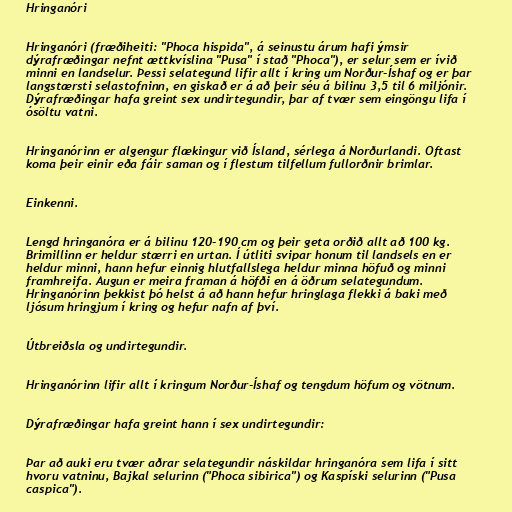
Hringanóri

Hringanóri (fræðiheiti: "Phoca hispida", á seinustu árum hafi ýmsir
dýrafræðingar nefnt ættkvíslina "Pusa" í stað "Phoca"), er selur sem er ívið
minni en landselur. Þessi selategund lifir allt í kring um Norður-Íshaf og er þar
langstærsti selastofninn, en giskað er á að þeir séu á bilinu 3,5 til 6 miljónir.
Dýrafræðingar hafa greint sex undirtegundir, þar af tvær sem eingöngu lifa í
ósöltu vatni.

Hringanórinn er algengur flækingur við Ísland, sérlega á Norðurlandi. Oftast
koma þeir einir eða fáir saman og í flestum tilfellum fullorðnir brimlar.

Einkenni.

Lengd hringanóra er á bilinu 120-190 cm og þeir geta orðið allt að 100 kg.
Brimillinn er heldur stærri en urtan. Í útliti svipar honum til landsels en er
heldur minni, hann hefur einnig hlutfallslega heldur minna höfuð og minni
framhreifa. Augun er meira framan á höfði en á öðrum selategundum.
Hringanórinn þekkist þó helst á að hann hefur hringlaga flekki á baki með
ljósum hringjum í kring og hefur nafn af því.

Útbreiðsla og undirtegundir.

Hringanórinn lifir allt í kringum Norður-Íshaf og tengdum höfum og vötnum.

Dýrafræðingar hafa greint hann í sex undirtegundir:

Þar að auki eru tvær aðrar selategundir náskildar hringanóra sem lifa í sitt
hvoru vatninu, Bajkal selurinn ("Phoca sibirica") og Kaspíski selurinn ("Pusa
caspica").